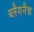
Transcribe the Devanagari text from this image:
ब्लैगनैक